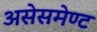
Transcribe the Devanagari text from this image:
असेसमेण्ट